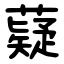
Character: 薿